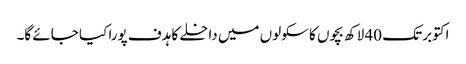
اکتوبر تک 40 لاکھ بچوں کا سکولوں میں داخلے کا ہدف پورا کیا جائے گا۔